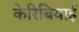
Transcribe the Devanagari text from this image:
केरिबियाई